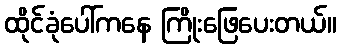
ထိုင်ခုံပေါ်ကနေ ကြိုးဖြေပေးတယ်။